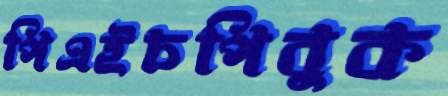
পিএইচপিবুক